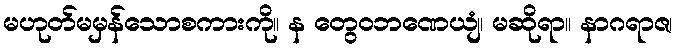
မဟုတ်မမှန်သောစကားကို။ န တွေဝဘဏေယျံ၊ မဆိုရာ။ နာဂရာဇ၊